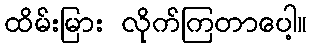
ထိမ်းမြား လိုက်ကြတာပေါ့။